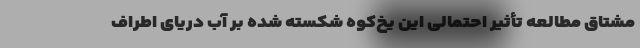
مشتاق مطالعه تأثیر احتمالی این یخ‌کوه شکسته شده بر آب دریای اطراف